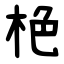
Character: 栬